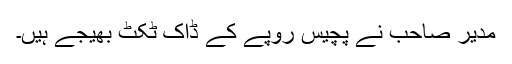
مدیر صاحب نے پچیس روپے کے ڈاک ٹکٹ بھیجے ہیں۔